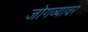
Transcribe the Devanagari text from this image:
जोगव्यावर